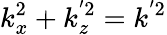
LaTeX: k_{x}^{2}+k_{z}^{'2}=k^{'2}